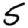
Digit: 5